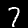
Digit: 7